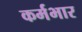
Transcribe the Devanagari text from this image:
कर्मभार